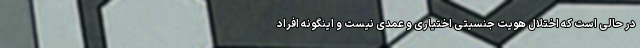
در حالی است که اختلال هویت جنسیتی اختیاری و عمدی نیست و اینگونه افراد